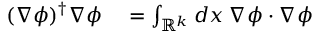
\begin{array} { r l } { ( \nabla \phi ) ^ { \dagger } \nabla \phi } & { { } = \int _ { \mathbb { R } ^ { k } } d x \: \nabla \phi \cdot \nabla \phi } \end{array}